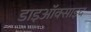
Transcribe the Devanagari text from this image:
डाइऑक्साइद